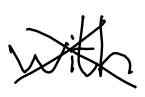
Text: with
Cross-out: cross
Writing tool: digital_black